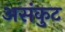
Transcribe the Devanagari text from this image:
असंकुट